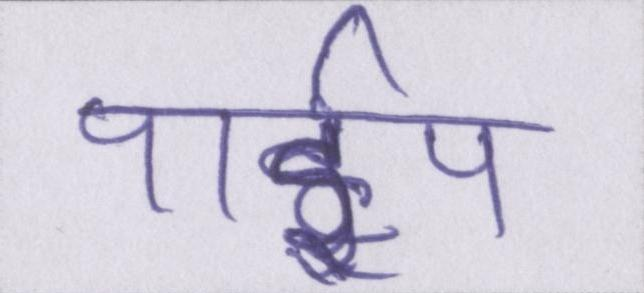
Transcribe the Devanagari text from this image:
पाईप